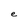
Character: e